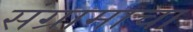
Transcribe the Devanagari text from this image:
संग्रामाचा